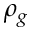
\rho _ { g }